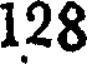
128